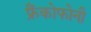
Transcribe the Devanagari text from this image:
फ्रैंकोफोनी